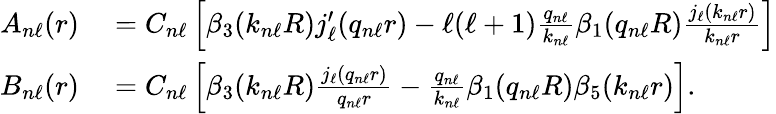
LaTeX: \begin{array}{rl}{A_{n\ell}(r)}&{{}=C_{n\ell}\left[\beta_{3}(k_{n\ell}R)j_{\ell}^{\prime}(q_{n\ell}r)-\ell(\ell+1)\frac{q_{n\ell}}{k_{n\ell}}\beta_{1}(q_{n\ell}R)\frac{j_{\ell}(k_{n\ell}r)}{k_{n\ell}r}\right]}\\ {B_{n\ell}(r)}&{{}=C_{n\ell}\left[\beta_{3}(k_{n\ell}R)\frac{j_{\ell}(q_{n\ell}r)}{q_{n\ell}r}-\frac{q_{n\ell}}{k_{n\ell}}\beta_{1}(q_{n\ell}R)\beta_{5}(k_{n\ell}r)\right].}\end{array}